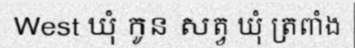
West ឃុំ កូន សត្វ ឃុំ ត្រពាំង